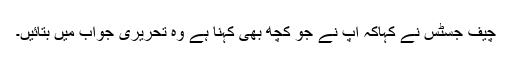
چیف جسٹس نے کہاکہ آپ نے جو کچھ بھی کہنا ہے وہ تحریری جواب میں بتائیں۔